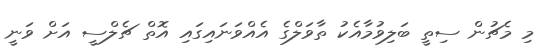
މި މެޗުން ސިތީ ބަލިވުމާއެކު ތާވަލްގެ އެއްވަނައިގައި އޮތް ޗެލްސީ އަށް ވަނީ